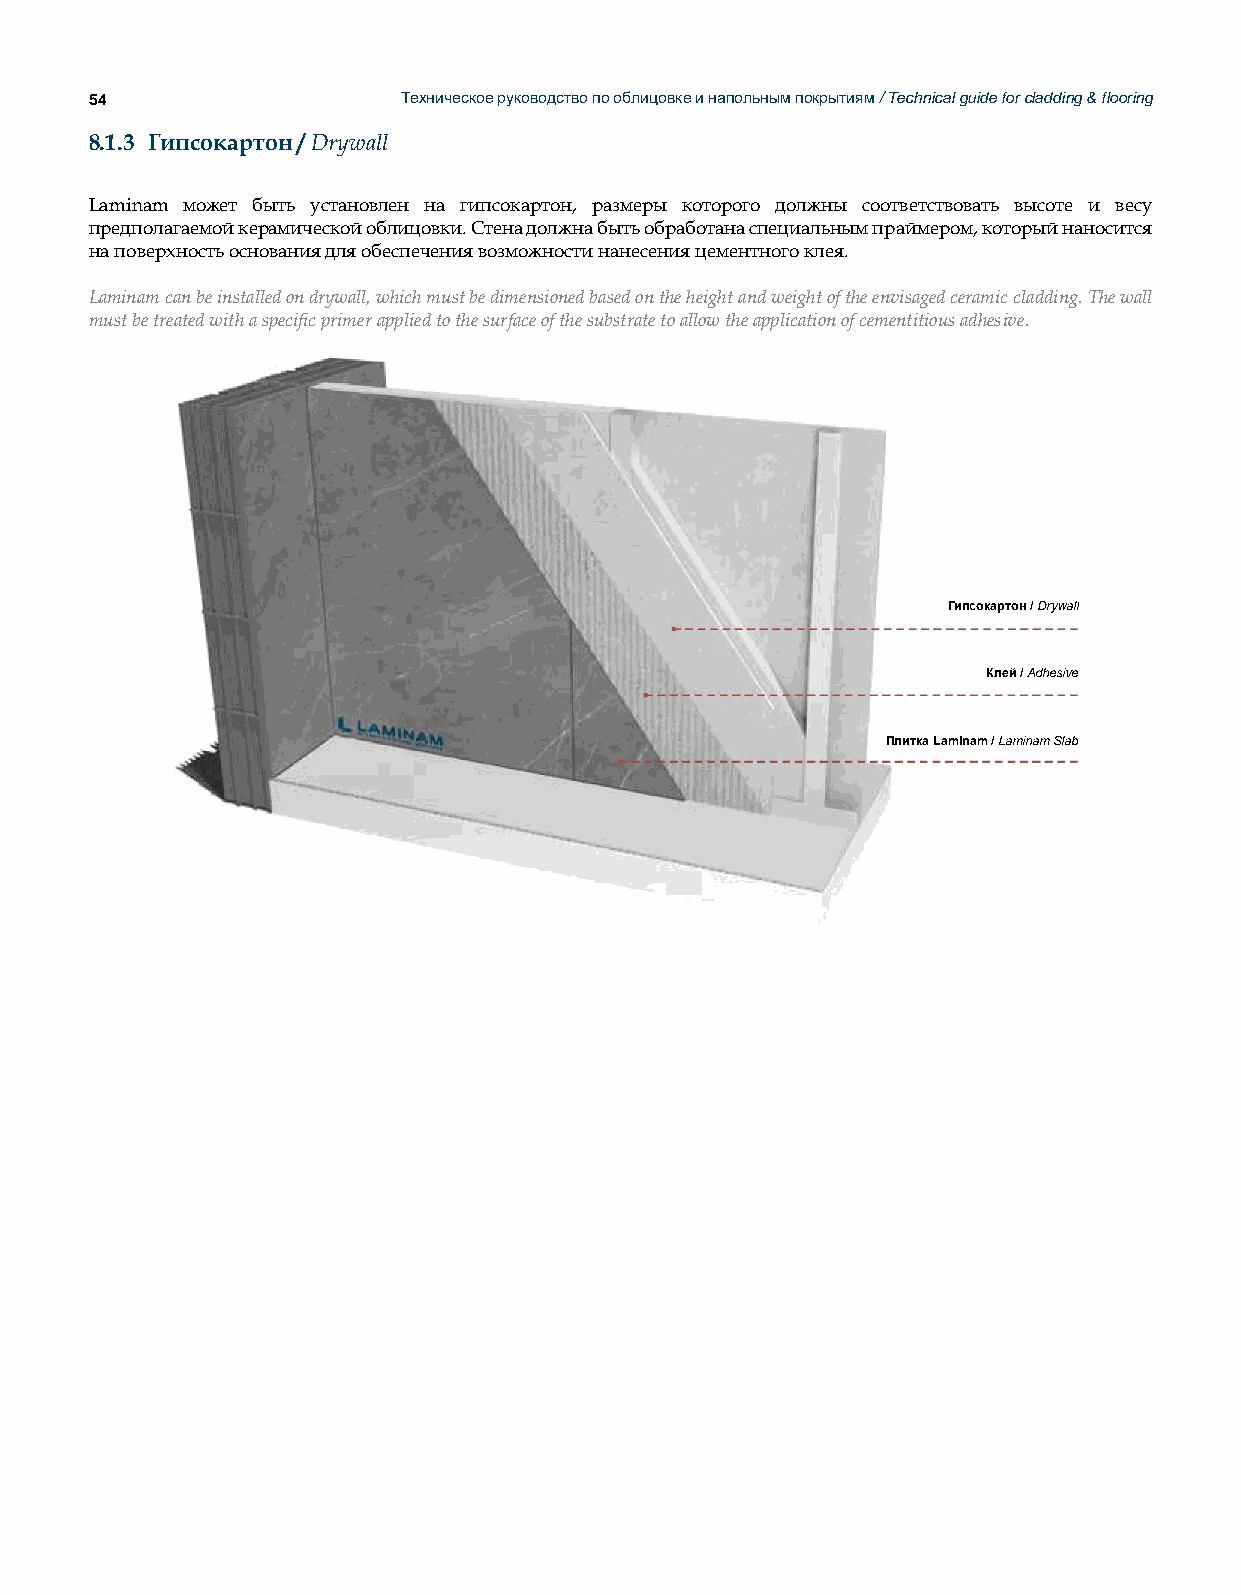
54                   Техническое руководство по облицовке и напольным покрытиям / Technical guide for cladding & flooring
 8.1.3 Гипсокартон / Drywall
 Laminam может быть установлен на гипсокартон, размеры которого должны соответствовать высоте и весу
 предполагаемой керамической облицовки. Стена должна быть обработана специальным праймером, который наносится
 на поверхность основания для обеспечения возможности нанесения цементного клея.
 Laminam can be installed on drywall, which must be dimensioned based on the height and weight of the envisaged ceramic cladding. The wall
 must be treated with a specific primer applied to the surface of the substrate to allow the application of cementitious adhesive.
 Гипсокартон / Drywall
 Клей / Adhesive
 Плитка Laminam / Laminam Slab